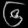
Digit: ၆